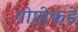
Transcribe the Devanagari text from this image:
गोष्ठीकडे